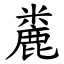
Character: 麊